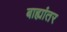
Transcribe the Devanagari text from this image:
बाह्यांतर